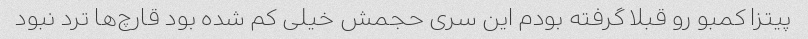
پیتزا کمبو رو قبلا گرفته بودم این سری حجمش خیلی کم شده بود قارچ‌ها ترد نبود